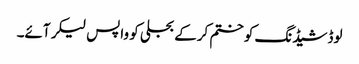
لوڈشیڈنگ کو ختم کرکے بجلی کو واپس لیکر آئے۔